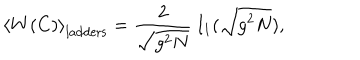
\left< W ( C ) \right> _ { \mathrm { l a d d e r s } } = \frac { 2 } { \sqrt { g ^ { 2 } N } } \, I _ { 1 } ( \sqrt { g ^ { 2 } N } ) ,